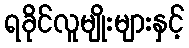
ရခိုင်လူမျိုးများနှင့်